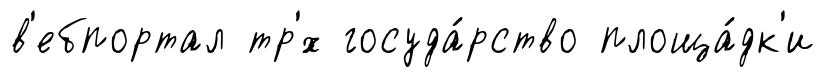
в'ебпортал тр'́х госуда́рство площа́дк'и